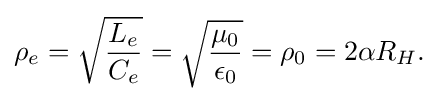
\rho _{e}={\sqrt {\frac {L_{e}}{C_{e}}}}={\sqrt {\frac {\mu _{0}}{\epsilon _{0}}}}=\rho _{0}=2\alpha R_{H}.\